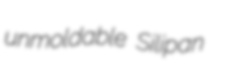
unmoldable Silipan